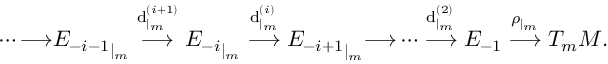
\quad \cdots { \longrightarrow } { E _ { - i - 1 } } _ { | _ { m } } \stackrel { \mathrm { d } _ { | _ { m } } ^ { ( i + 1 ) } } { \longrightarrow } { E _ { - i } } _ { | _ { m } } \stackrel { \mathrm { d } _ { | _ { m } } ^ { ( i ) } } { \longrightarrow } { E _ { - i + 1 } } _ { | _ { m } } { \longrightarrow } \cdots \stackrel { \mathrm { d } _ { | _ { m } } ^ { ( 2 ) } } { \longrightarrow } E _ { - 1 } \stackrel { \rho _ { | _ { m } } } { \longrightarrow } T _ { m } M .